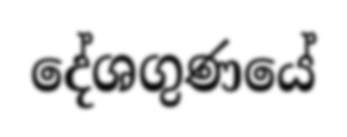
දේශගුණයේ